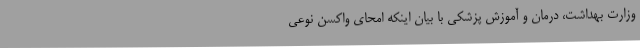
وزارت بهداشت، درمان و آموزش پزشکی با بیان اینکه امحای واکسن نوعی